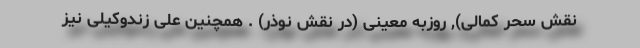
نقش سحر کمالی), روزبه معینی (در نقش نوذر) . همچنین علی زندوکیلی نیز